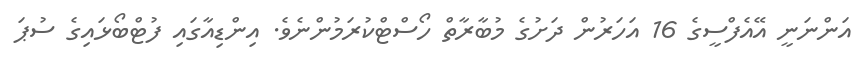
އަންނަނީ އޭއެފްސީގެ 16 އަހަރުން ދަށުގެ މުބާރާތް ހޯސްޓްކުރަމުންނެވެ. އިންޑިއާގައި ފުޓްބޯޅައިގެ ސުޕަ